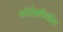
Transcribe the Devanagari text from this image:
फोटोग्राफिकीय